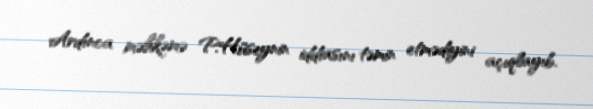
Ardınca məhkəmə P.Hüseynin iddiasını təmin etmədiyini açıqlayıb.